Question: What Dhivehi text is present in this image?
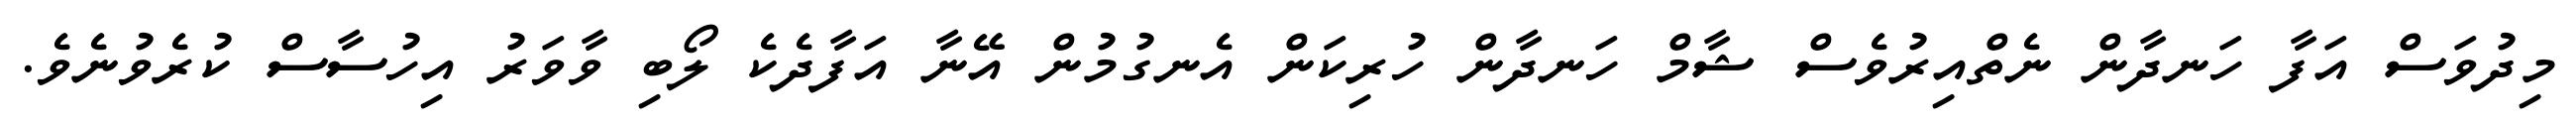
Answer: މިދުވަސް އަފާ ހަނދާން ނެތްއިރުވެސް ޝާމް ހަނދާން ހުރިކަން އެނގުމުން އޭނާ އަފާދެކެ ލޯބި ވާވަރު އިހުސާސް ކުރެވުނެވެ.